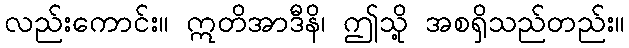
လည်းကောင်း။ ဣတိအာဒီနိ၊ ဤသို့ အစရှိသည်တည်း။